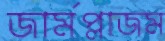
জার্মপ্লাজম